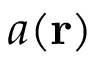
a ( \mathbf { r } )